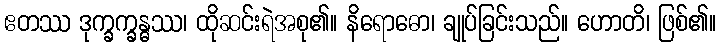
ဧတဿ ဒုက္ခက္ခန္ဓဿ၊ ထိုဆင်းရဲအစု၏။ နိရောဓော၊ ချုပ်ခြင်းသည်။ ဟောတိ၊ ဖြစ်၏။